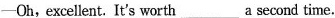
-Oh,excellent. It's worth___a second time.